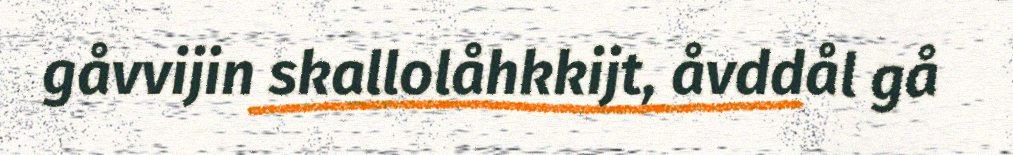
gåvvijin skallolåhkkijt, åvddål gå